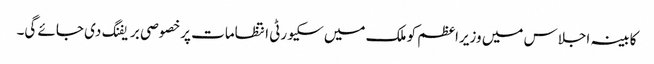
کابینہ اجلاس میں وزیراعظم کو ملک میں سکیورٹی انتظامات پرخصوصی بریفنگ دی جائے گی۔